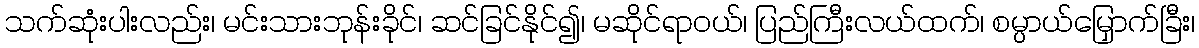
သက်ဆုံးပါးလည်း၊ မင်းသားဘုန်းခိုင်၊ ဆင်ခြင်နိုင်၍၊ မဆိုင်ရာဝယ်၊ ပြည်ကြီးလယ်ထက်၊ စမ္ပာယ်မြှောက်ခြီး၊